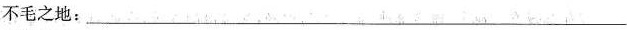
不毛之地:___